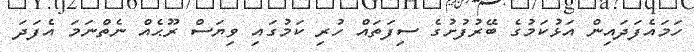
ހަމައެފަދައިން އަޅުކަމުގެ ބޭރުފުށުގެ ސިފަތައް ހުރި ކަމުގައި ވިޔަސް ރޫޙެއް ނެތްނަމަ އެފަދަ